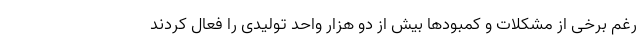
رغم برخی از مشکلات و کمبود‌ها بیش از دو هزار واحد تولیدی را فعال کردند